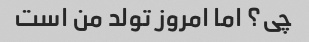
چی؟ اما امروز تولد من است